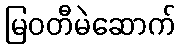
မြဝတီမဲဆောက်